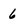
Character: 6